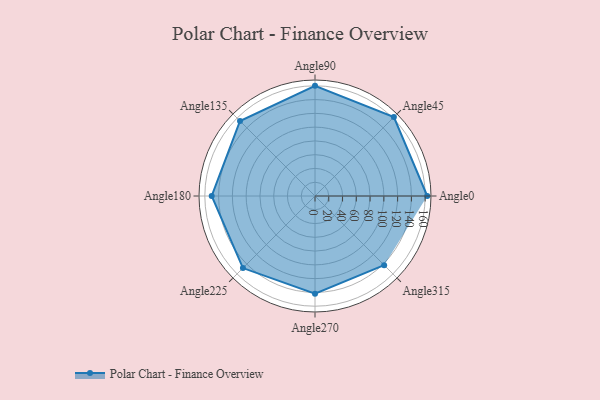
{"axis": {"x": "Angle", "y": "Radius"}, "legend": [""], "data": [{"x": "Angle0", "y": 163.0, "type": ""}, {"x": "Angle45", "y": 162.0, "type": ""}, {"x": "Angle90", "y": 160.0, "type": ""}, {"x": "Angle135", "y": 154.0, "type": ""}, {"x": "Angle180", "y": 150.0, "type": ""}, {"x": "Angle225", "y": 148.0, "type": ""}, {"x": "Angle270", "y": 142.0, "type": ""}, {"x": "Angle315", "y": 142.0, "type": ""}]}